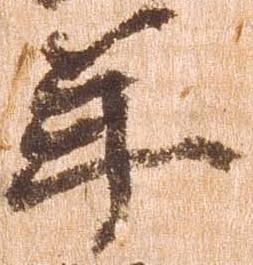
年